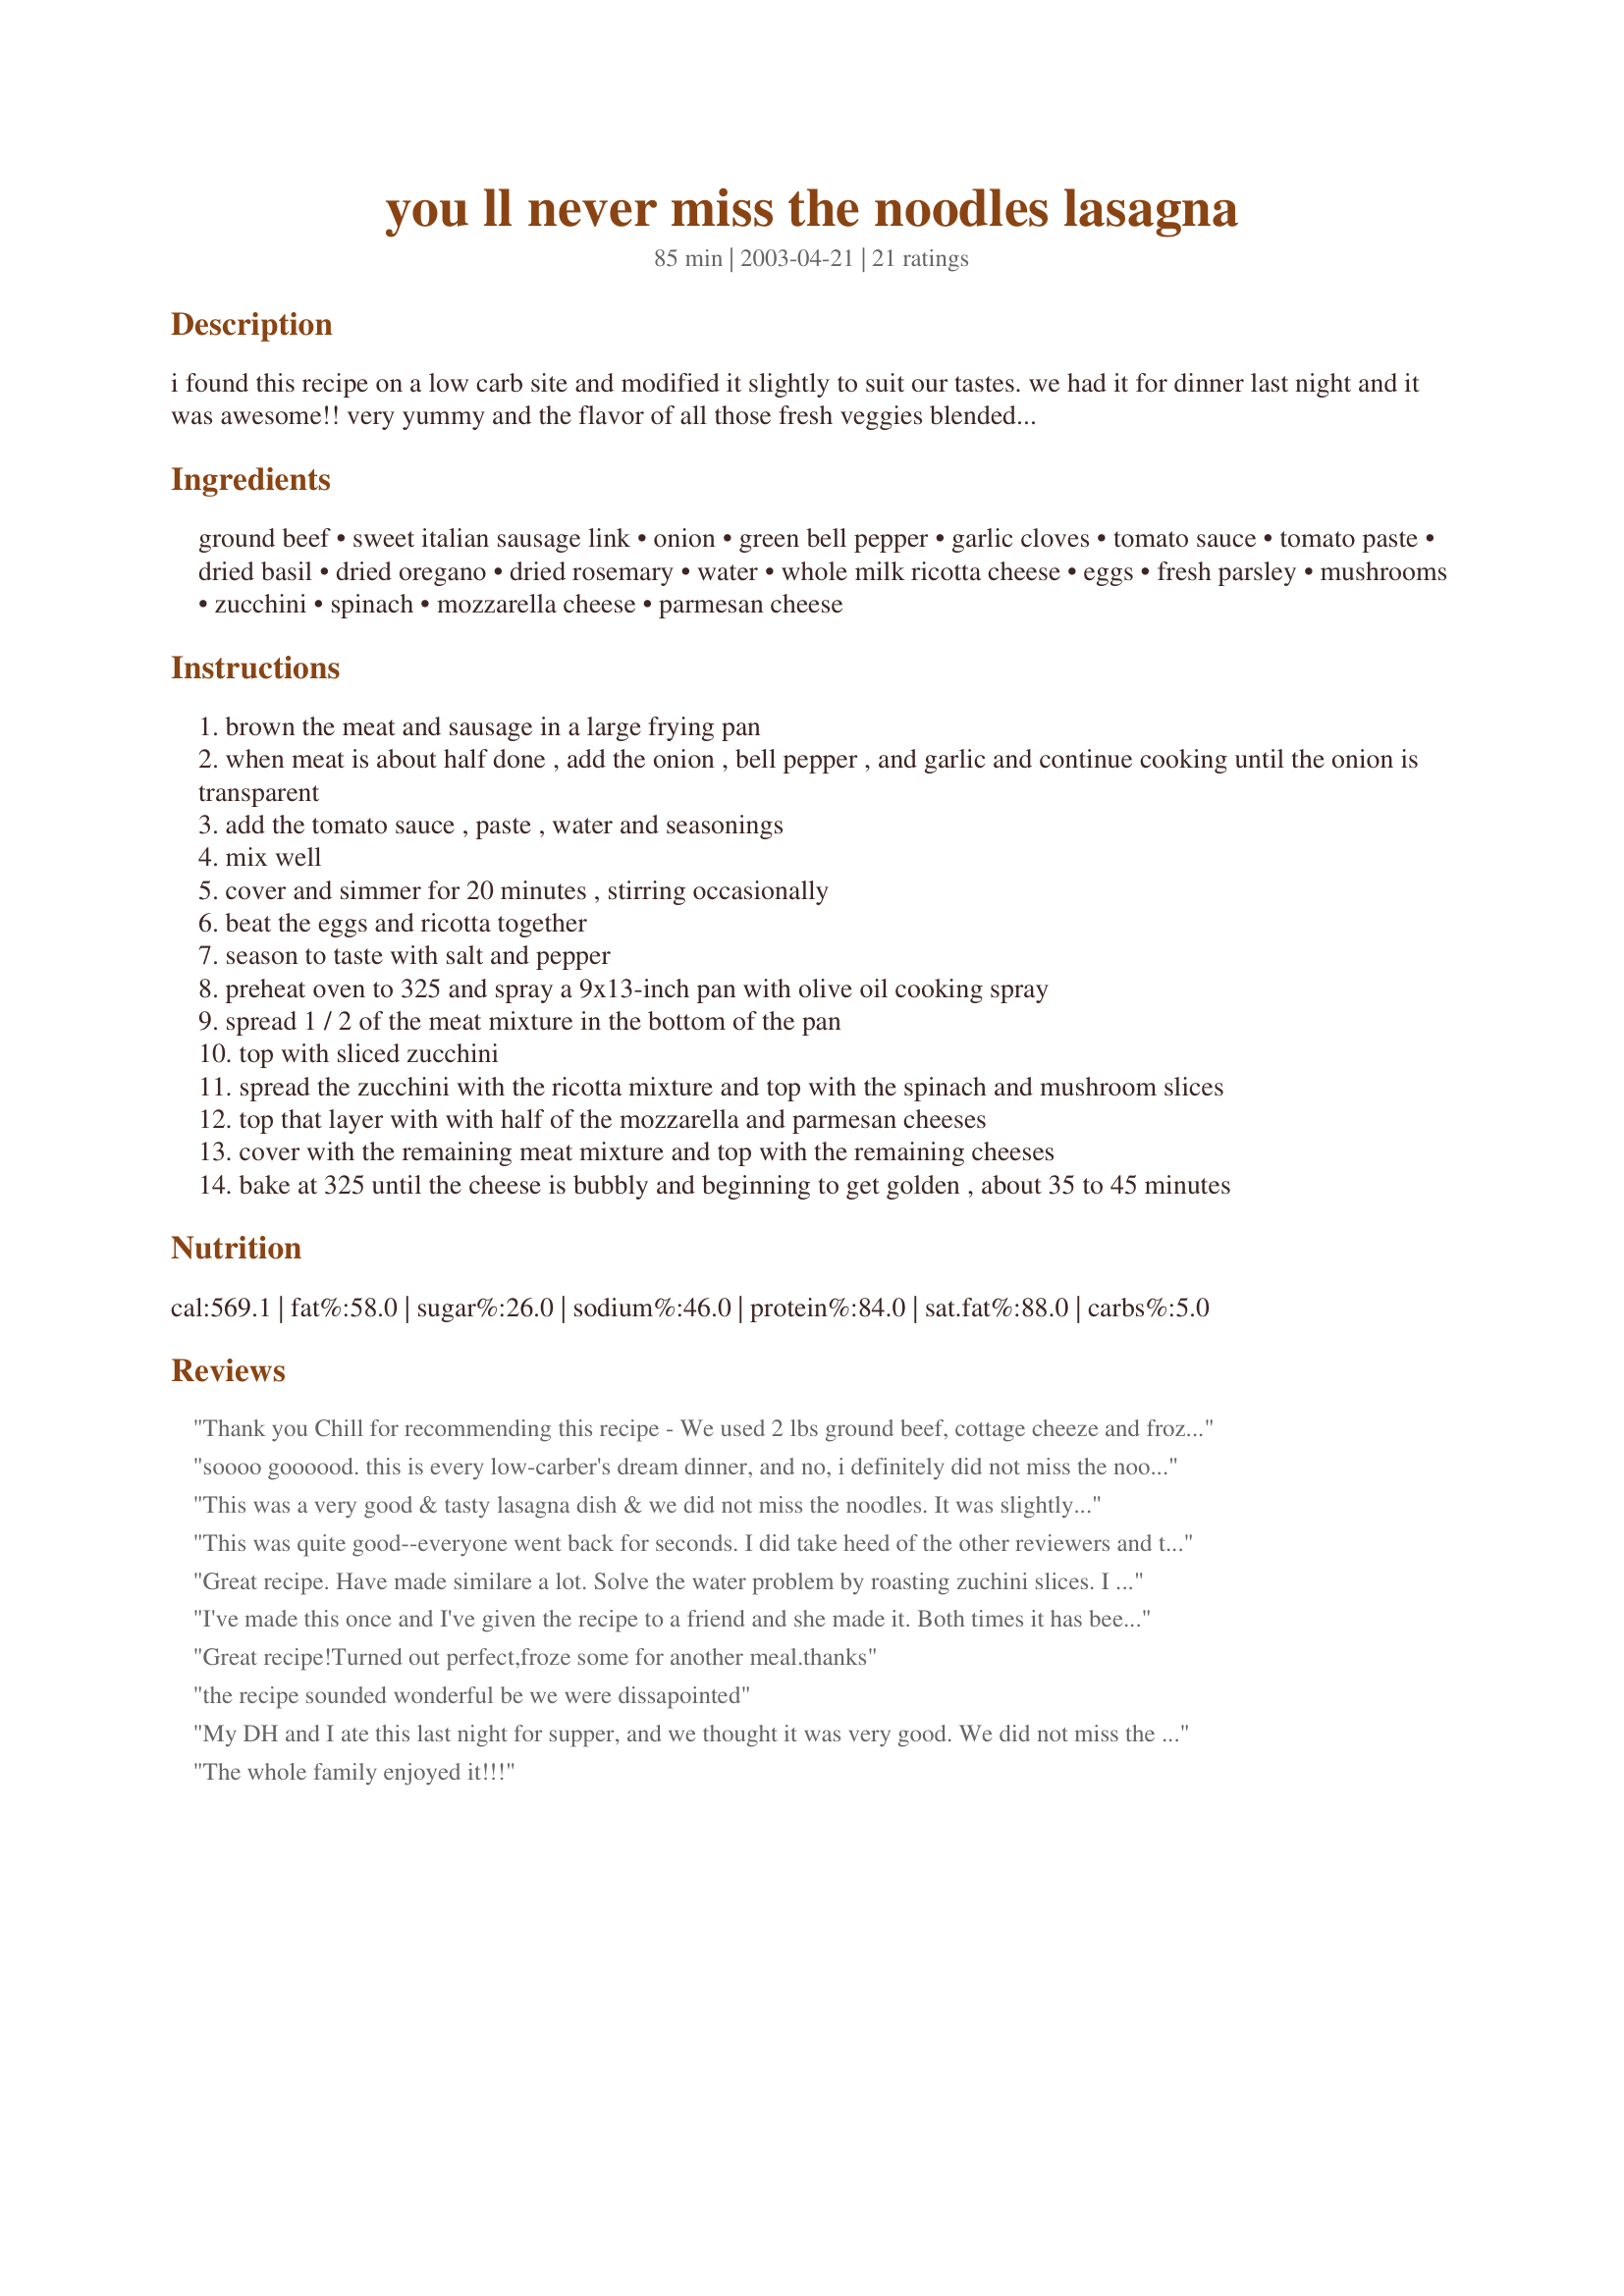
you ll never miss the noodles lasagna
Preparation time: 85 minutes

i found this recipe on a low carb site and modified it slightly to suit our tastes. we had it for dinner last night and it was awesome!! very yummy and the flavor of all those fresh veggies blended beautifully with the sauce! dh went back for seconds, so this is definitely a keeper. add a side salad and your meal is complete!

Ingredients:
ground beef, sweet italian sausage link, onion, green bell pepper, garlic cloves, tomato sauce, tomato paste, dried basil, dried oregano, dried rosemary, water, whole milk ricotta cheese, eggs, fresh parsley, mushrooms, zucchini, spinach, mozzarella cheese, parmesan cheese

Steps:
brown the meat and sausage in a large frying pan
when meat is about half done , add the onion , bell pepper , and garlic and continue cooking until the onion is transparent
add the tomato sauce , paste , water and seasonings
mix well
cover and simmer for 20 minutes , stirring occasionally
beat the eggs and ricotta together
season to taste with salt and pepper
preheat oven to 325 and spray a 9x13-inch pan with olive oil cooking spray
spread 1 / 2 of the meat mixture in the bottom of the pan
top with sliced zucchini
spread the zucchini with the ricotta mixture and top with the spinach and mushroom slices
top that layer with with half of the mozzarella and parmesan cheeses
cover with the remaining meat mixture and top with the remaining cheeses
bake at 325 until the cheese is bubbly and beginning to get golden , about 35 to 45 minutes

Reviews:
Thank you Chill for recommending this recipe - We used 2 lbs ground beef, cottage cheeze and frozen spinach that we squeezed dry. I made this in a larger pan and did not find this to be as runny as most zuke dishes. It's a keeper!
soooo goooood. this is every low-carber's dream dinner, and no, i definitely did not miss the noodles, because everything else was so flavorful. i halfed the recipe, which seemed to work just fine, and threw in some chedder instead of parmesan, ground chicken instead of italian sausage links. wonderful, will be making again -- and often!
This was a very good & tasty lasagna dish & we did not miss the noodles. It was slightly runny so next time I will drain the fat once the meat is browned. Also found it lacked some seasonings (especially salt/pepper) so I will add s&p, some red pepper flakes & will also add a bay leaf or 2 to the meat/vegetable mix. I will also incorporate the spinach with the ricotta & layer the mixture on top of the zucchini.
This was quite good--everyone went back for seconds. I did take heed of the other reviewers and took a few precautions to guard against runniness. I pre-roasted the zucchini; I also added sliced eggplant and pre-roasted that, too. I used thawed frozen spinach (2 10-oz pkgs) and squeezed all the liquid out before adding to the casserole. I omitted the 1/2 cup water altogether. Other changes were that I added 1/2 tsp of thyme, I used part-skim ricotta and mozzarella and I used 2 lbs hamburger, omitting the sausage. I really did NOT miss the noodles. A keeper. UPDATE: I gave this 4 stars after eating it for the first time, but then I ate the leftovers last night. After sitting in my fridge for a day, what had been a pleasant casserole became absolutely delectable. From now on I'm cooking this one day ahead, because the flavors really seem to meld overnight!
Great recipe. Have made similare a lot. Solve the water problem by roasting zuchini slices. I also sometimes add roasted egg plant.
I've made this once and I've given the recipe to a friend and she made it. Both times it has been delicious and well-received. I added red wine to the sauce and used more mushrooms than called for (about 8 oz). I also defrosted some frozen spinach, squeezed the liquid out and used that. It was a little runny, but I used my turkey baster and squeegied out the liquid. I refrigerated it overnight, cooked it about an hour and ten minutes and still the zucchini in the middle could've used more cooking. All in all, I thought this was a GREAT recipe for people on Atkins/South Beach Diet.
Great recipe!Turned out perfect,froze some for another meal.thanks
the recipe sounded wonderful be we were dissapointed
My DH and I ate this last night for supper, and we thought it was very good. We did not miss the noodles, as the zucchini and mushrooms gave the dish a nice texture. We had no problem with the dish being runny. The only thing we did different was to sauté the spinach in olive oil, as opposed to steaming as the recipe states. We will definitely be making this again. Thank you so much Leslie in Texas for a fabulous recipe.

The whole family enjoyed it!!!
This was excellent! I finally got my husband to eat spinach...in fact he didn't even notice that it was in there until I told him! This one is definitely a keeper!
My family loved this they said to definitely make it again. I read the other reviews about this being runny so I only added 6oz of water.Season everything as you go. It needed more salt for us..Enjoy I will make this again..
Made this for dinner and it was very good. I used sweet 'chicken sausage' to keep it South Beach friendly, however, next time I'll use hot chicken sausage as I found it needed an extra kick, and perhaps add some red pepper flakes. We found it also needed salt and pepper. There was a bit of confusion (on my part) with the ingredients. The steps listed were following the exact order of the ingredients, however, when I got to the parsley I wasn't quite sure when to put it in so I sprinkled it over the ricotta/egg mixture. Next time I'll add it with the other seasonings or mix it with the ricotta/egg mixture. Thanks for sharing this recipe Leslie. I'll definately be making it again.
This was SO GOOD. I’m Italian and I thought for sure I would miss the noodles. I really didn’t. I also froze some squares and thawed as needed. It freezes really well and tastes just as good the second time around. Thank you!
Very good.I used cottage cheese and only ground beef.
A very good south beach diet meal.
I've tried something similair but this one worked out much better for us. We enjoyed the spinach (threw in some chopped kale also) and mushrooms. The only small change I'd make next time is cut back the water abit cause the zucchini adds moisture to the dish already. I increased the beef 1/2 lb & used cottage vs ricotta. Excellent dish & great for carb counters, thanks for sharing.
This was pretty good - a little runny. But I liked that it wasn't as heavy as traditional lasange. Think next time I'll use cottage cheese instead of ricotta just bc I prefer the texture.
I absolutely loved this recipe. I did not find it runny. It was so favorful. Definitely a low carber's dream!!! I made a caesar salad and garlic bread with low carb bread. An excellent meal.
Thanks a bunch for this recipe. The whole family enjoyed it. The only thing I changed was I used hot Italian sausage from the butcher. He makes a wonderful sausage and with all the rest of the combo..well I love lasagna so for me it's a keeper no doubt! The plus is I get to use my fresh zucchinis when in season. I love all the herbs as well..Thanks.
I really enjoy the flavor of this recipe. I cooked the meat and sauce until it was very very very thick to and sauted the zucchini before making the caserole to prevent it from running
My husband is an Italian from New York and is VERY snobby about his Italian food, but he enjoyed this a lot! We are on a ketoish diet and it was very filling and tasty! I had made sauce from scratch from the tomatoes in the garden, so we replaced the sauce ingredients with that.
